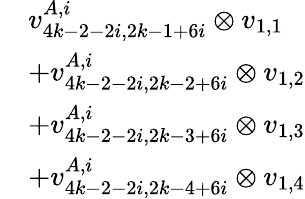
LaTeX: \begin{array}{rl}&{v_{4k-2-2i,2k-1+6i}^{A,i}\otimes v_{1,1}}\\ &{+v_{4k-2-2i,2k-2+6i}^{A,i}\otimes v_{1,2}}\\ &{+v_{4k-2-2i,2k-3+6i}^{A,i}\otimes v_{1,3}}\\ &{+v_{4k-2-2i,2k-4+6i}^{A,i}\otimes v_{1,4}}\end{array}